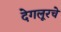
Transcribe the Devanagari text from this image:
देगलूरचे